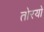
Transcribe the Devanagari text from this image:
तोरयो